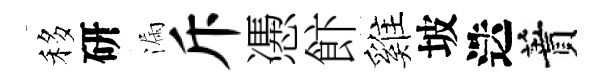
移研漏斥慿飰雞坡迭蕡